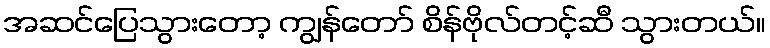
အဆင်ပြေသွားတော့ ကျွန်တော် စိန်ဗိုလ်တင့်ဆီ သွားတယ်။